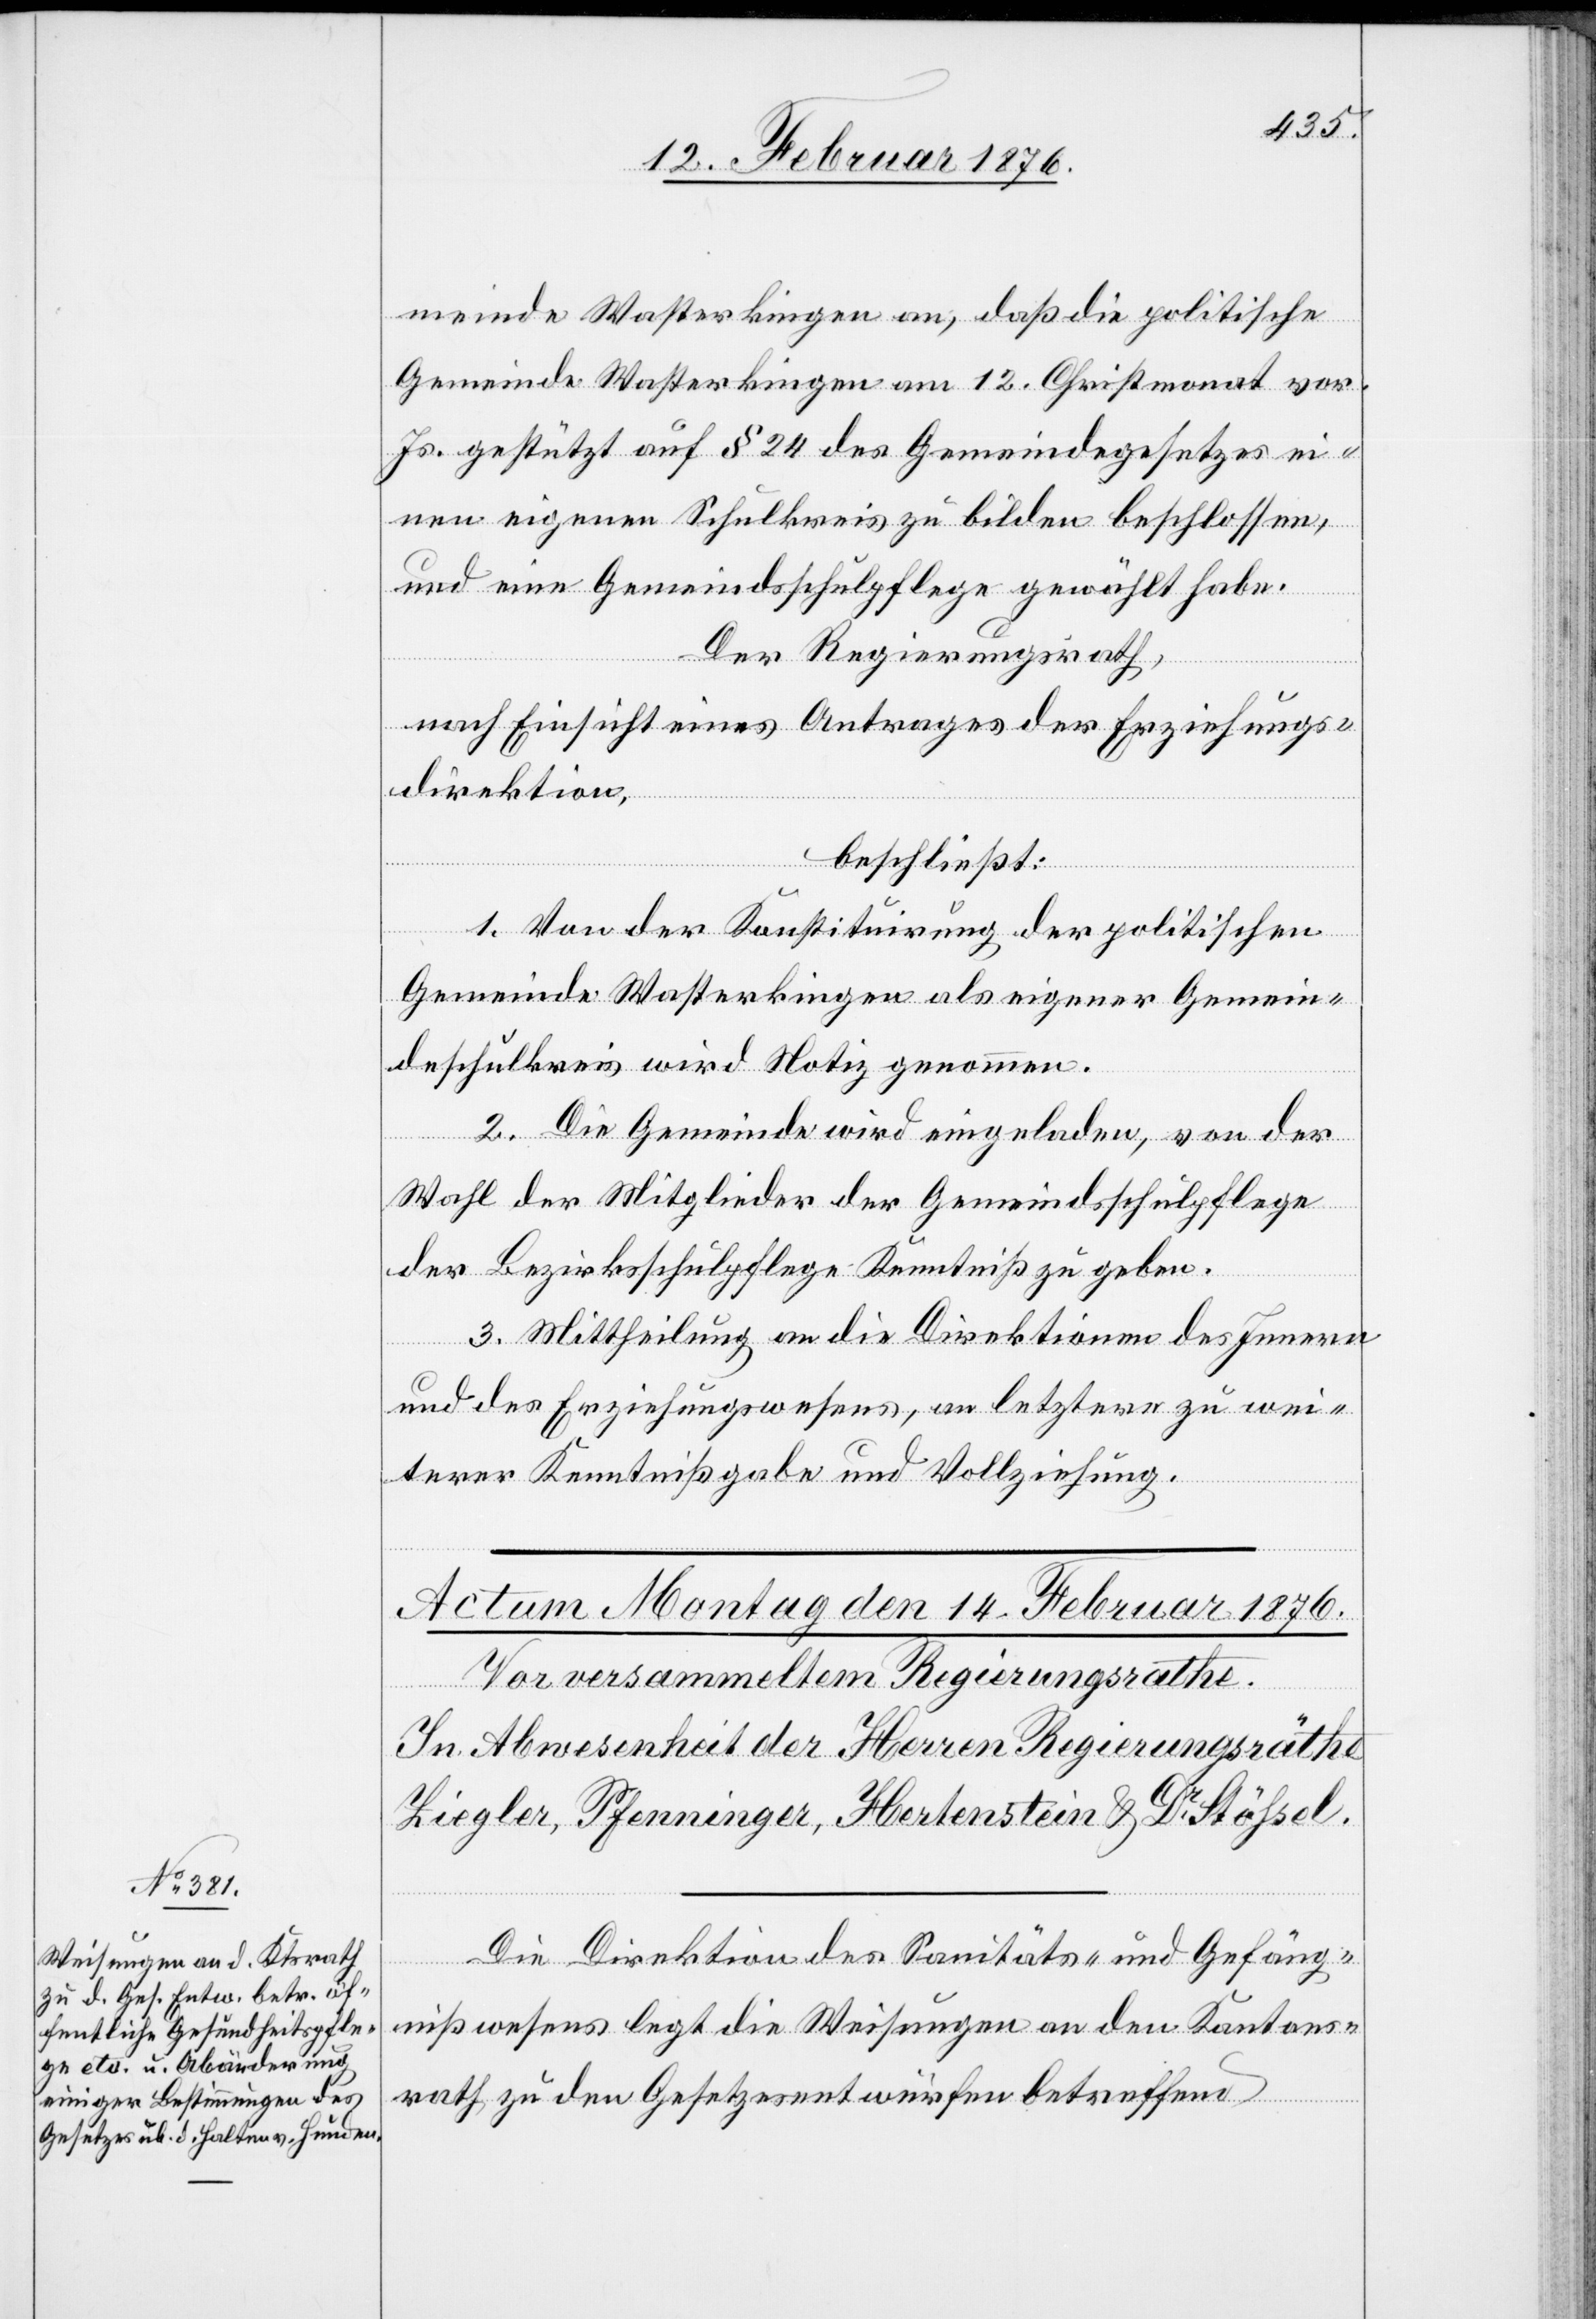
meinde Wasterkingen an, daß die [sic!] politische
Gemeinde Wasterkingen am 12. Christmonat vor.
Js. gestützt auf § 24 des Gemeindegesetzes ei¬
nen eigenen Schulkreis zu bilden beschlossen,
und eine Gemeindsschulpflege gewählt habe.
Der Regierungsrath,
nach Einsicht eines Antrages der Erziehungs¬
direktion,
beschließt:
1. Von der Konstituirung der politischen
Gemeinde Wasterkingen als eigener Gemein¬
deschulkreis wird Notiz genommen.
2. Die Gemeinde wird eingeladen, von der
Wahl der Mitglieder der Gemeindsschulpflege
der Bezirksschulpflege Kenntnis zu geben.
3. Mittheilung an die Direktionen des Innern
und des Erziehungswesens, an letztere zu wei¬
terer Kenntnißgabe und Vollziehung.
Die Direktion des Sanitäts- und Gefäng¬
nißwesens legt die Weisungen an den Kantons¬
rath zu den Gesetzesentwürfen betreffend